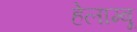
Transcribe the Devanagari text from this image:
हेलाम्बू